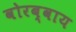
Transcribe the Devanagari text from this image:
वोरब्वाय